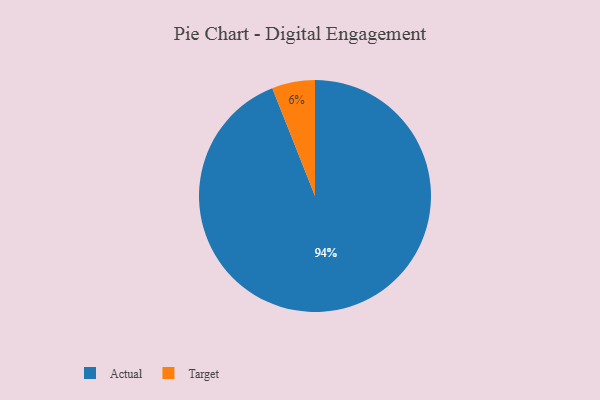
{"axis": {"x": "Category", "y": "Percentage"}, "legend": ["Actual", "Target"], "data": [{"x": "Target", "y": 6, "type": "Target"}, {"x": "Actual", "y": 94, "type": "Actual"}]}